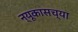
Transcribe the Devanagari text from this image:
न्यूकासच्या